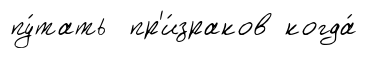
пу́тать пр'и́зраков когда́